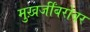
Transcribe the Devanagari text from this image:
मुख़र्जींबरोबर